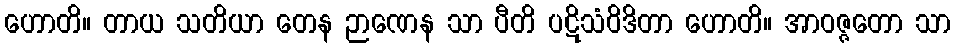
ဟောတိ။ တာယ သတိယာ တေန ဉာဏေန သာ ပီတိ ပဋိသံဝိဒိတာ ဟောတိ။ အာဝဇ္ဇတော သာ